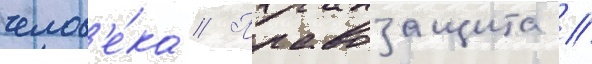
челов'е́ка // Правозащита //